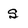
Character: s